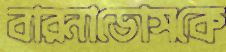
বারনাডোসকে